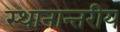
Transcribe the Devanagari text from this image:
स्थानान्तरीय